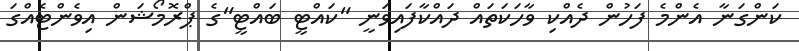
ކަންގަނާ އެންމެ ފަހުން ދެއްކި ވާހަކަތައް ދައްކާފައިވަނީ "ކައްޓީ ބައްޓީ"ގެ ޕްރޮމޯޝަން އިވެންޓެއްގަ